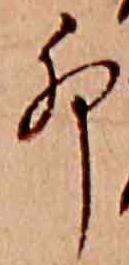
卯